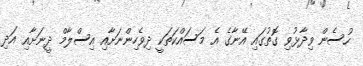
ހުސެން ވިދާޅުވި ގޮތުގައި އޭނާގެ އެ މަސައްކަތަކީ ދިވެހިންނަށާއި އިސްލާމް ދީނަށާއި އަދި